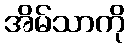
အိမ်သာကို